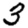
Digit: 3